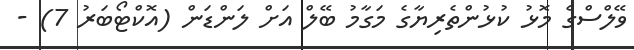
ވޭލްސްގެ މޮޅު ކުޅުންތެރިޔާގެ މަގާމު ބޭލް އަށް ލަންޑަން (އޮކްޓޯބަރު 7) -